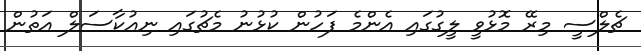
ޗެލްސީ މިރޭ މޮޅުވީ ލީގުގައި އެންމެ ފަހުން ކުޅުނު މެޗުގައި ނިއުކާސަލް އަތުން